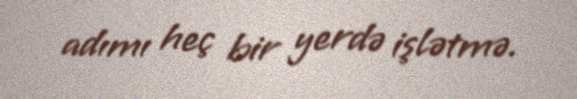
adımı heç bir yerdə işlətmə.